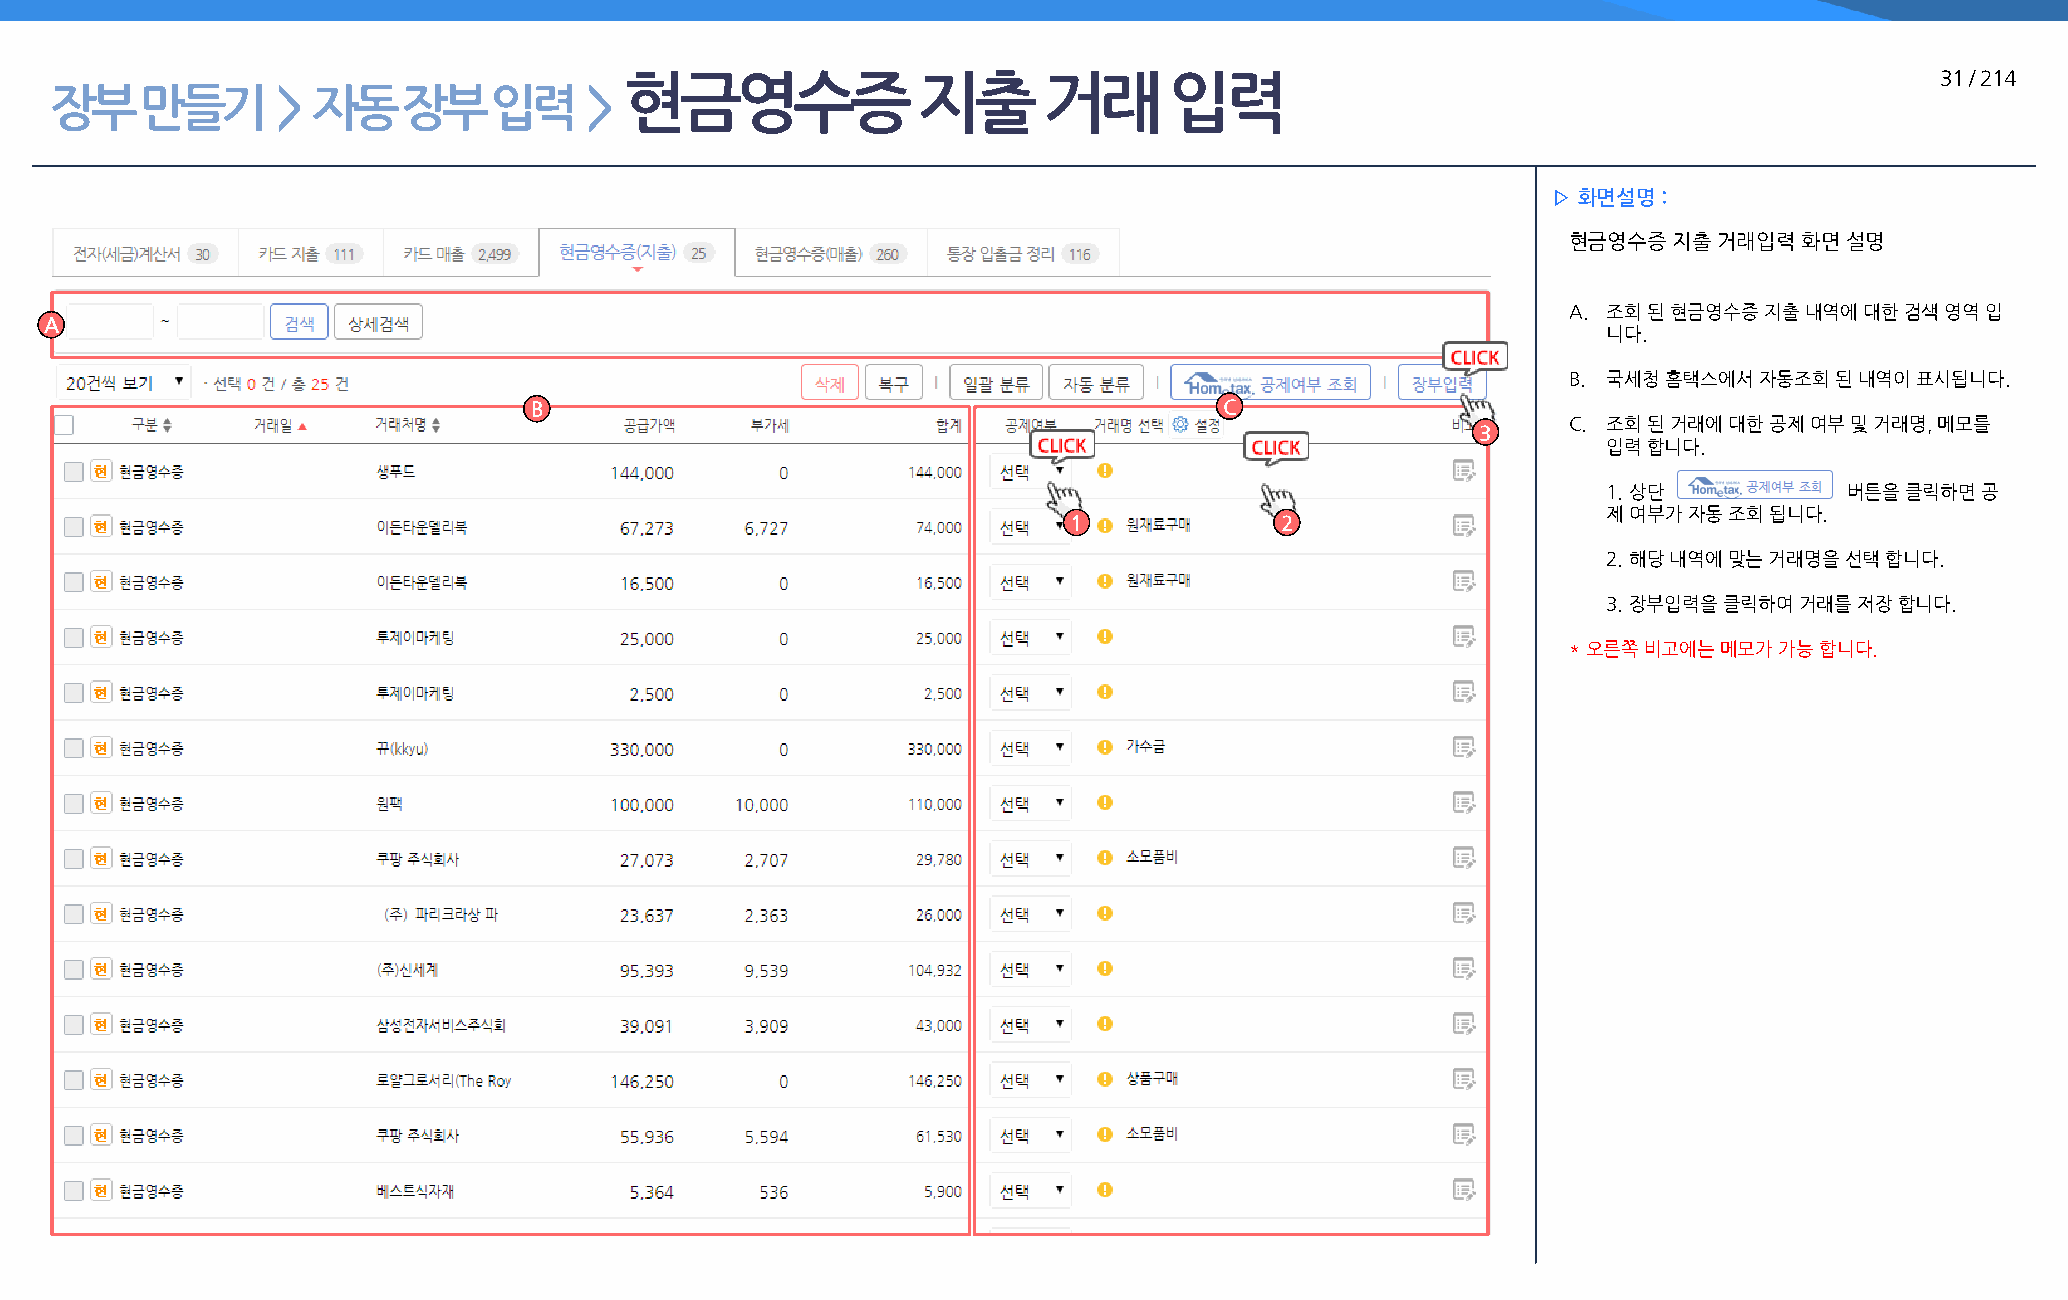
현금영수증               지출      거래      입력                                                 31 / 214
 장부    만들기      >  자동    장부   입력     >
 ▷ 화면설명 :
 현금영수증  지출 거래입력 화면 설명
 A. 조회 된 현금영수증 지출 내역에 대한 검색 영역 입
 A
 니다.
 B. 국세청 홈택스에서 자동조회 된 내역이 표시됩니다.
 B                                             C
 C. 조회 된 거래에 대한 공제 여부 및 거래명, 메모를
 3
 입력 합니다.
 1. 상단           버튼을 클릭하면 공
 제 여부가 자동 조회 됩니다.
 1             2
 2. 해당 내역에 맞는 거래명을 선택 합니다.
 3. 장부입력을 클릭하여 거래를 저장 합니다.
 * 오른쪽 비고에는 메모가 가능 합니다.